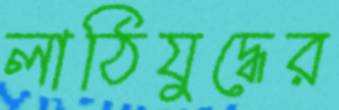
লাঠিযুদ্ধের